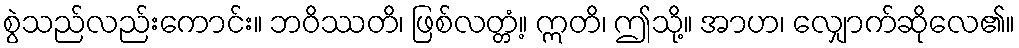
စွဲသည်လည်းကောင်း။ ဘဝိဿတိ၊ ဖြစ်လတ္တံ့။ ဣတိ၊ ဤသို့။ အာဟ၊ လျှောက်ဆိုလေ၏။